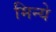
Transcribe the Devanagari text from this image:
मिन्ये